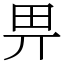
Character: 畀